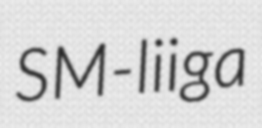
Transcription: SM-liiga